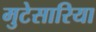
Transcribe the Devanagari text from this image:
मुटेसारिया